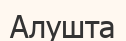
Алушта